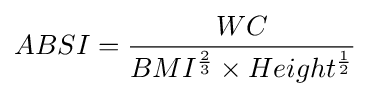
ABSI={WC \over {BMI^{2 \over 3}\times Height^{1 \over 2}}}